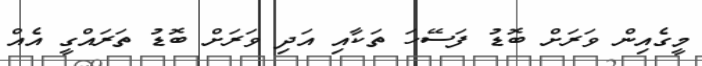
މީގެއިން ވަރަށް ބޮޑު ފަސޭހަ ތަކާއި އަދި ވަރަށް ބޮޑު ތަރައްގީ އެއް